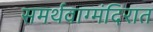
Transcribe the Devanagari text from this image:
समर्थवाग्मंदिरात